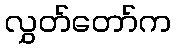
လွှတ်တော်က